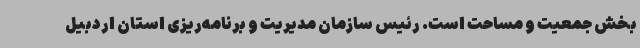
بخش جمعیت و مساحت است. رئیس سازمان مدیریت و برنامه‌ریزی استان اردبیل